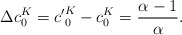
\begin{align*} \Delta c_{0}^{K} = {c'}_{0}^{K}- c_{0}^{K} = \frac{ \alpha - 1}{\alpha}.\end{align*}